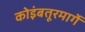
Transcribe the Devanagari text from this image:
कोइंबतूरमार्गे